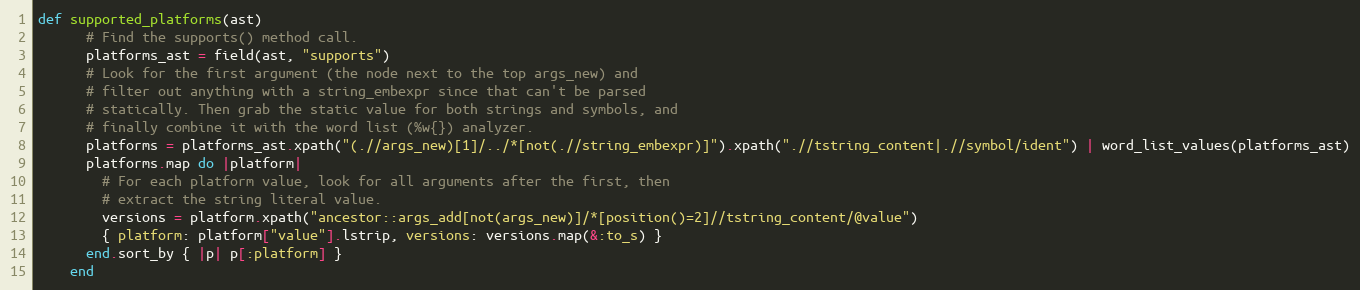
Language: Ruby
def supported_platforms(ast)
      # Find the supports() method call.
      platforms_ast = field(ast, "supports")
      # Look for the first argument (the node next to the top args_new) and
      # filter out anything with a string_embexpr since that can't be parsed
      # statically. Then grab the static value for both strings and symbols, and
      # finally combine it with the word list (%w{}) analyzer.
      platforms = platforms_ast.xpath("(.//args_new)[1]/../*[not(.//string_embexpr)]").xpath(".//tstring_content|.//symbol/ident") | word_list_values(platforms_ast)
      platforms.map do |platform|
        # For each platform value, look for all arguments after the first, then
        # extract the string literal value.
        versions = platform.xpath("ancestor::args_add[not(args_new)]/*[position()=2]//tstring_content/@value")
        { platform: platform["value"].lstrip, versions: versions.map(&:to_s) }
      end.sort_by { |p| p[:platform] }
    end